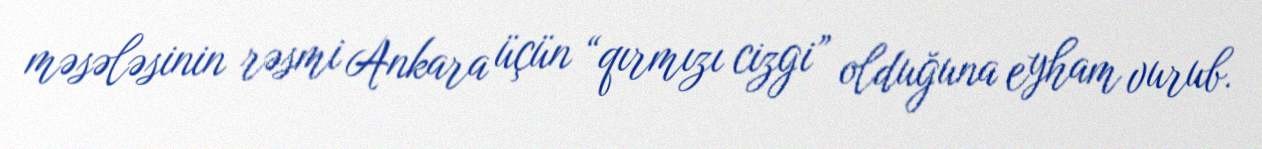
məsələsinin rəsmi Ankara üçün “qırmızı cizgi” olduğuna eyham vurub.